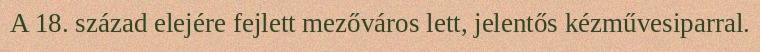
A 18. század elejére fejlett mezőváros lett, jelentős kézművesiparral.